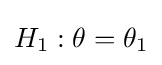
H_{1}:\theta =\theta _{1}